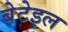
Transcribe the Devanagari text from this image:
बेटेइल